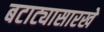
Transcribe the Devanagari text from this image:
बटाट्यासारखे